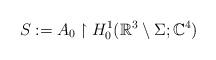
LaTeX: \begin{align*} S:=A_0\upharpoonright H^1_0(\mathbb{R}^3 \setminus \Sigma; \mathbb{C}^4) \end{align*}